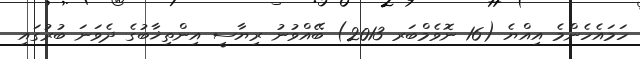
ހަމައެހެންމެ އިއްޔެ (16 ނޮވެމްބަރ 2013) ބޭއްވުނު ރިޔާސީ އިންތިޚާބުގެ ދެވަނަ ބުރުގައި